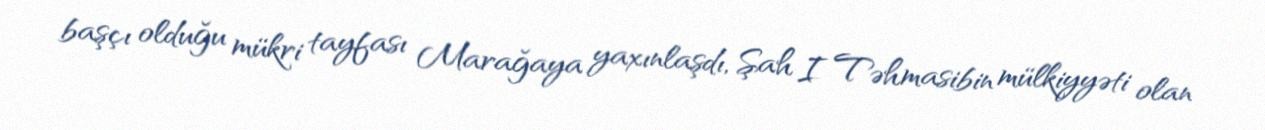
başçı olduğu mükri tayfası Marağaya yaxınlaşdı, Şah I Təhmasibin mülkiyyəti olan